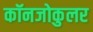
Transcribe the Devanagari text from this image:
कॉनजोकुलर